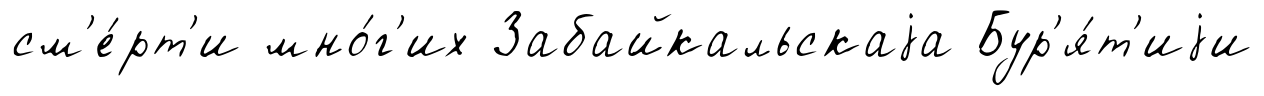
см'е́рт'и мно́г'их Забайкальскаjа Бур'я́т'иjи